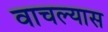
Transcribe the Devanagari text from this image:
वाचल्यास